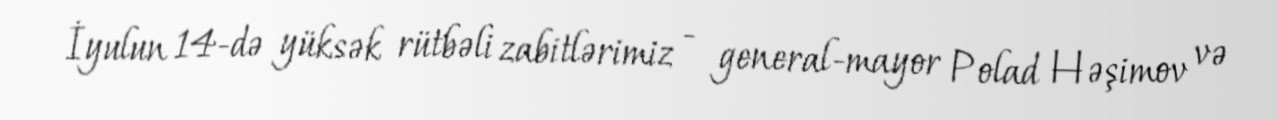
İyulun 14-də yüksək rütbəli zabitlərimiz - general-mayor Polad Həşimov və